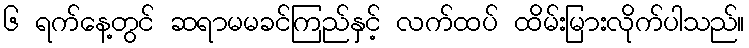
၆ ရက်နေ့တွင် ဆရာမမခင်ကြည်နှင့် လက်ထပ် ထိမ်းမြားလိုက်ပါသည်။